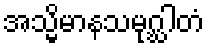
အသ္မိမာနသမုဂ္ဃါတံ